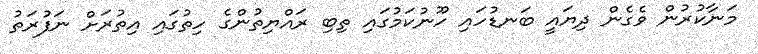
މަނާކުރުން ވެގެން ދިޔައީ ބަނޑުހައި ހޫނުކަމުގައި ތިބި ރައްޔިތުންގެ ހިތުގައި އިތުރަށް ނަފުރަތު